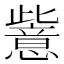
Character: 𱥉